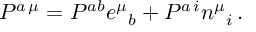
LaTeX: { \cal P } ^ { a \, \mu } = { \cal P } ^ { a b } e ^ { \mu } { } _ { b } + { \cal P } ^ { a \, i } n ^ { \mu } { } _ { i } \, .